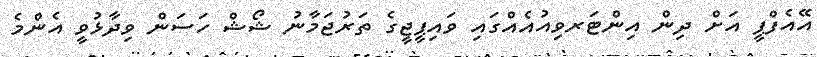
އޭއެފްޕީ އަށް ދިން އިންޓަރވިއުއެއްގައި ވައިޕީޖީގެ ތަރުޖަމާނު ޝޯޝް ހަސަން ވިދާޅުވީ އެންމެ